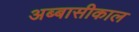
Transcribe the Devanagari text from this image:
अब्बासीकाल